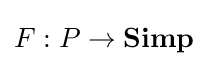
F:P\to \mathbf {Simp}